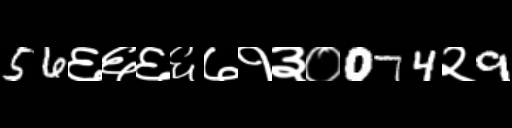
Text: 56६६६६७१३०074२9